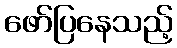
ဖော်ပြနေသည့်